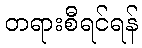
တရားစီရင်ရန်